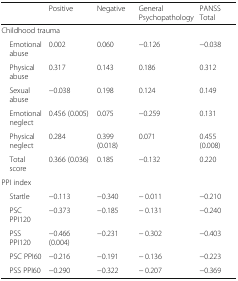
<table><thead><tr><td></td><td><b>Positive</b></td><td><b>Negative</b></td><td><b>General Psychopathology</b></td><td><b>PANSS Total</b></td></tr></thead><tbody><tr><td colspan="5">Childhood trauma</td></tr><tr><td> Emotional abuse</td><td>0.002</td><td>0.060</td><td>−0.126</td><td>−0.038</td></tr><tr><td> Physical abuse</td><td>0.317</td><td>0.143</td><td>0.186</td><td>0.312</td></tr><tr><td> Sexual abuse</td><td>−0.038</td><td>0.198</td><td>0.124</td><td>0.149</td></tr><tr><td> Emotional neglect</td><td>0.456 (0.005)</td><td>0.075</td><td>−0.259</td><td>0.131</td></tr><tr><td> Physical neglect</td><td>0.284</td><td>0.399 (0.018)</td><td>0.071</td><td>0.455 (0.008)</td></tr><tr><td> Total score</td><td>0.366 (0.036)</td><td>0.185</td><td>−0.132</td><td>0.220</td></tr><tr><td colspan="5">PPI index</td></tr><tr><td> Startle</td><td>−0.113</td><td>−0.340</td><td>− 0.011</td><td>−0.210</td></tr><tr><td> PSC PPI120</td><td>−0.373</td><td>−0.185</td><td>− 0.131</td><td>−0.240</td></tr><tr><td> PSS PPI120</td><td>−0.466 (0.004)</td><td>−0.231</td><td>− 0.302</td><td>−0.403</td></tr><tr><td> PSC PPI60</td><td>−0.216</td><td>−0.191</td><td>− 0.136</td><td>−0.223</td></tr><tr><td> PSS PPI60</td><td>−0.290</td><td>−0.322</td><td>− 0.207</td><td>−0.369</td></tr></tbody></table>